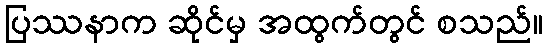
ပြဿနာက ဆိုင်မှ အထွက်တွင် စသည်။